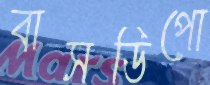
বাসডিপো